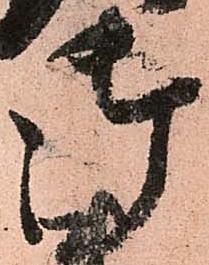
御